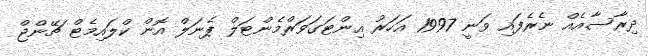
ދިރާސާއެއް ނެރެފައި ވަނީ 1997 އަހަރު އިންޓަގަވަރްމެންޓަލް ޕެނަލް އޮން ކްލައިމެޓް ޗޭންޖް